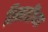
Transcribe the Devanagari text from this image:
तिमाहींच्या